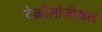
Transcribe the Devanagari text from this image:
टेक्नॉलॉजीकल